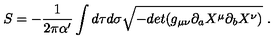
S = - { \frac { 1 } { 2 \pi \alpha ^ { \prime } } } \int d \tau d \sigma \sqrt { - d e t ( g _ { \mu \nu } \partial _ { a } X ^ { \mu } \partial _ { b } X ^ { \nu } ) } \ .